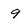
Character: 9